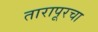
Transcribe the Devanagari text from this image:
तारापूरचा